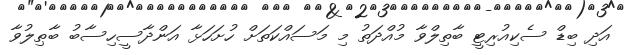
އަދި ބިޑް ސެކިއުރިޓީ ބާތިލްވާ މުއްދަތު މި މަސައްކަތަށް ހުށަހަޅާ އަންދާސީހިސާބު ބާޠިލުވާ